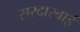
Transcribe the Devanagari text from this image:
सरदारबाई